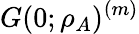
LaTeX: G(0;\rho_{A})^{(m)}